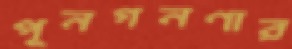
পূনগনণার